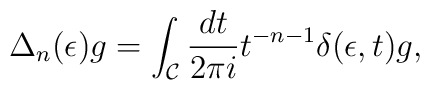
\Delta_n (\epsilon) g = \int_{\cal C} {dt\over 2\pi i}t^{-n -1} \delta (\epsilon,t) g,